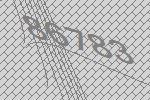
86783